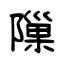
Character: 隟